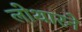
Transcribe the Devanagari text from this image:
लोथारने